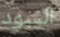
السود